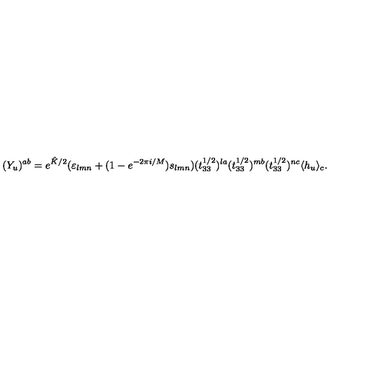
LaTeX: ( Y _ { u } ) ^ { a b } = e ^ { \hat { K } / 2 } ( \varepsilon _ { l m n } + ( 1 - e ^ { - 2 \pi i / M } ) s _ { l m n } ) ( t _ { 3 3 } ^ { 1 / 2 } ) ^ { l a } ( t _ { 3 3 } ^ { 1 / 2 } ) ^ { m b } ( t _ { 3 3 } ^ { 1 / 2 } ) ^ { n c } \langle h _ { u } \rangle _ { c } .